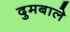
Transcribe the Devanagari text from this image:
दुमबाले